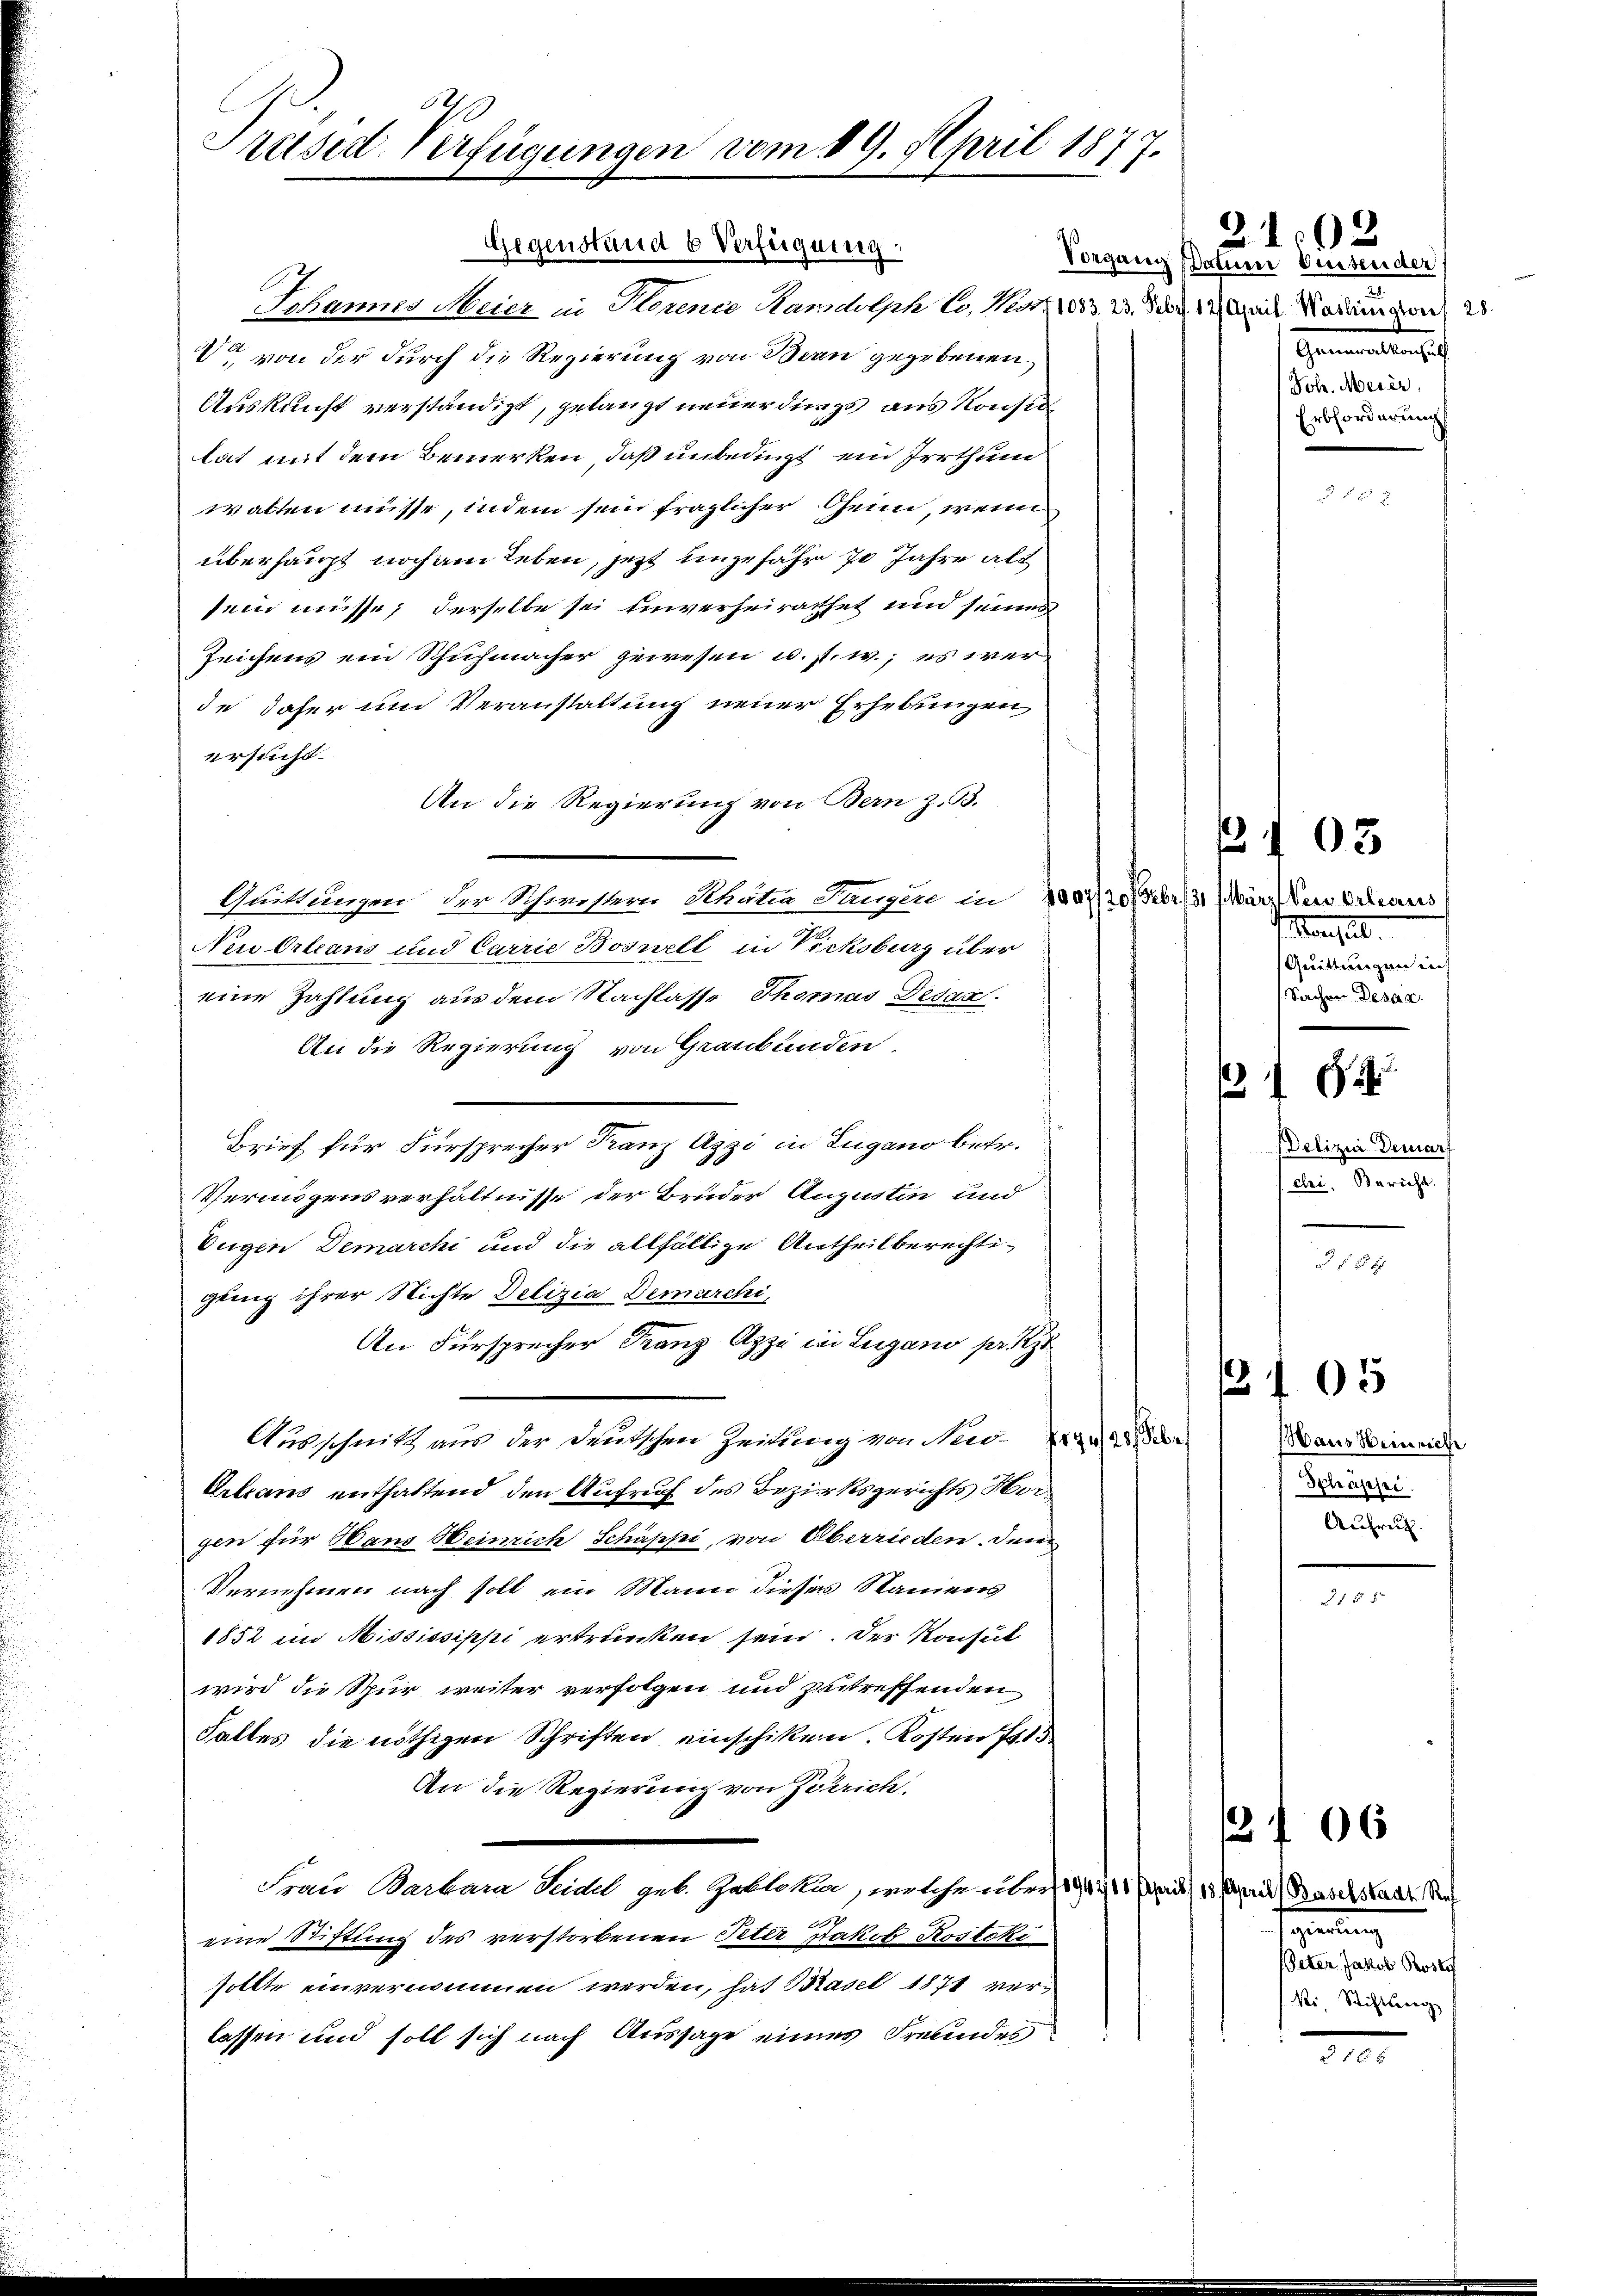
e
Preise Verfügungen vom 19. April 1877.

Gegenstand b Verfügung.
Iohanner Meier in Sterenie Handolph l, Mart. 1083. 23. Febr. 17. April Markungen 28.
 von der durch die Regierung von Bern gegebenen
Auskunft verständigt, gelangt neuerdings aus Konsid
lat mit dem Bemerken, daß unbedingt, ein Irrthum
walten müsse, indem sein fraglicher Gein, wenn
überhaupt noch am Leben, jetzt ungefähr 70 Jahre alt
sein müsse; derselbe sei unverheirathet und seines
Zeichens ein Schuhmacher gewesen u. s. w.; es werde daher um Veranstaltung neuer Erhebungen
ersucht.
An die Regierung von Bern z. B.
Quittungen der Schwistern Schutza Sunzer in 1001/20 Febr. 13. März der Orleans
Neu Orleans und Carrie Boswelt in Vicksburg über
eine Zahlung aus dem Nachlasse Thomas Dedan
An die Regierung von Graubünden
Brief für Fürsprecher Franz Azzi in Lugano betr.
Vermögensverhältnisse der Bruder Augustin und
Eugen Demarchi und die allfällige Antheilberechtigung ihrer Nichte Delizia Demarchi
An Fürsprecher Franz Azzi in Lugano pr.
Ausschnitt aus der Deutschen Zeitung von No¬
Orleans enthaltend den Aufruf des Bezirksgerichts Horgen für Hans Heinrich Schäppi, von Oberrieden, den
Vernehmen nach soll ein Mann diesen Namens
1852 in Mississippi ertrunken sein. Der Konsul
wird die Spur weiter verfolgen und getreffenden
Falles die nöthigen Schriften einschiken. Kosten Fr. 15
An die Regierung von Zürich,
Frau Barbara Seidel geb. Gallokar, welche über 1944 11 Mais, 15 Marie Baselstadt Rech
17
eine Stiftung des verstorbenen Peter Jakob Rostoki
sollte einvernommen werden, hat Basel 1871 verlassen und soll sich nach Aussage eines Freundes

Vorgang Datum Wesender
Gemeinsten sich
Joh. Meier,
Erbforderung

2102

Mangel.
Quittungen in
Sachen Desar

f
Defizia Demarf
cbei. Bericht.
 188

Waus Heinrich
Schäpsei
Aufruh.

105

samlung
Peter Jakob Rosto
Ni, Stiftung

103

206